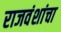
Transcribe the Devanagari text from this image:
राजवंशांचा